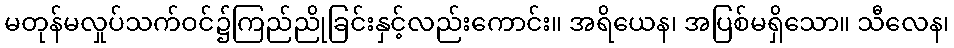
မတုန်မလှုပ်သက်ဝင်၌ကြည်ညိုခြင်းနှင့်လည်းကောင်း။ အရိယေန၊ အပြစ်မရှိသော။ သီလေန၊